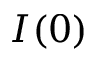
I ( 0 )